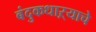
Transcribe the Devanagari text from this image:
बंदुकधाऱ्याचे